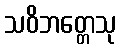
သဝိဘတ္တေသု